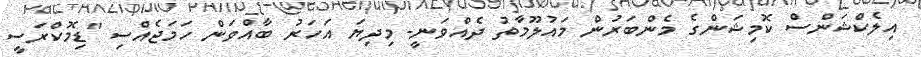
އިލެކްޝަންސް ކޮމިޝަންގެ މެންބަރުން މައުލޫމާތު ދެއްވަނީ- މިދިޔަ އަހަރު ބާއްވަން ހަމަޖެއްސި "ޑިމޮކްރަސީ